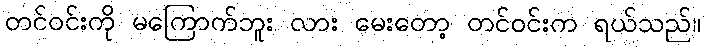
တင်ဝင်းကို မကြောက်ဘူး လား မေးတော့ တင်ဝင်းက ရယ်သည်။